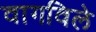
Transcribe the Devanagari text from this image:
वागविले